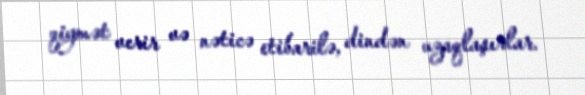
qiymət verir və nəticə etibarilə, dindən uzaqlaşırlar.